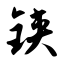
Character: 铗